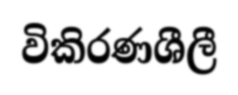
විකිරණශීලී